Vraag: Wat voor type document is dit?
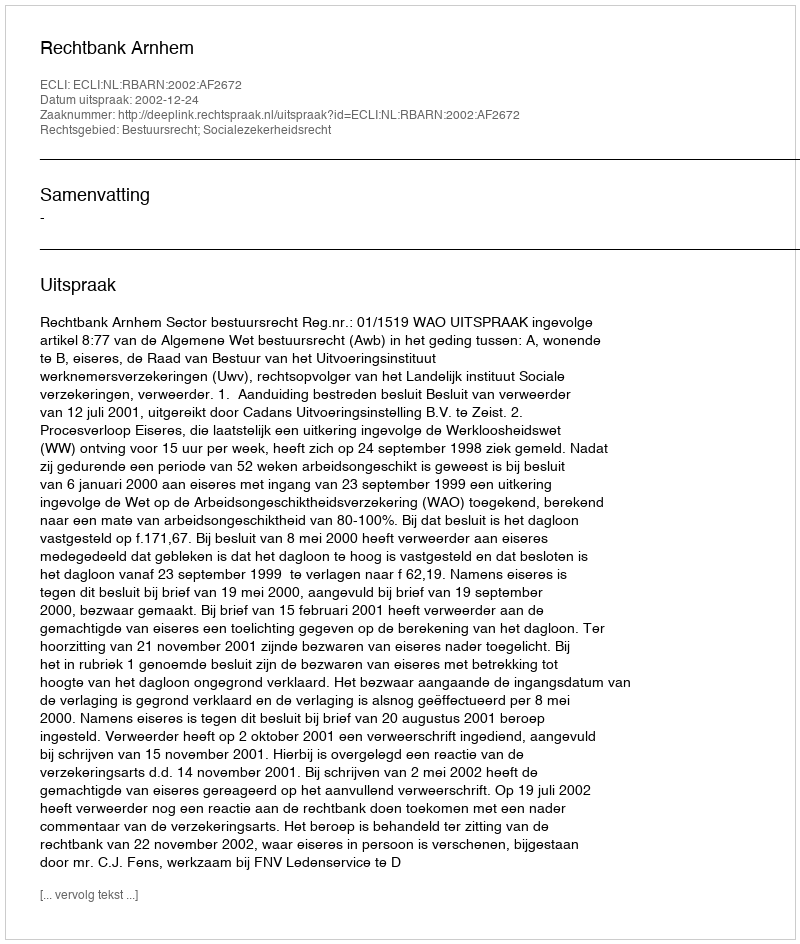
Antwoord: Uitspraak